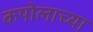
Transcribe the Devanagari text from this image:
कपोलाच्या